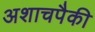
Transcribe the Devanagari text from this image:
अशाचपैकी